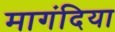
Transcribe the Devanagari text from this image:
मागंदिया